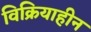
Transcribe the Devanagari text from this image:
विक्रियाहीन